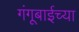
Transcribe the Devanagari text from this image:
गंगूबाईच्या